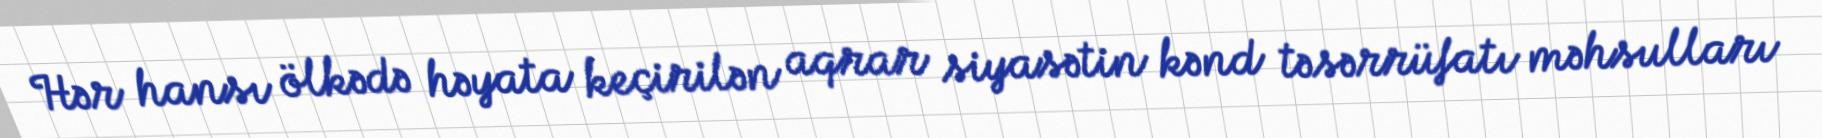
Hər hansı ölkədə həyata keçirilən aqrar siyasətin kənd təsərrüfatı məhsulları